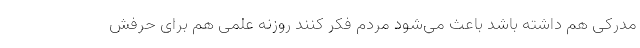
مدرکی هم داشته باشد باعث می‌شود مردم فکر کنند روزنه علمی هم برای حرفش